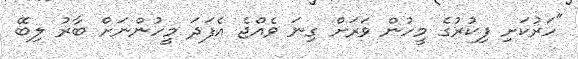
"ހަރުކަށި ފިކުރުގެ މީހުން ވަރަށް ގިނަ ވެއްޖެ އެފަދަ މީހުންނަށް ބާރު ލިބޭ